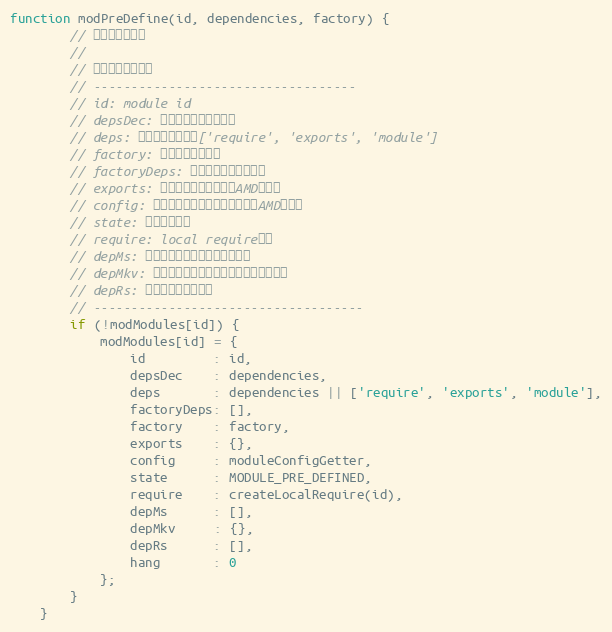
Language: JavaScript
function modPreDefine(id, dependencies, factory) {
        // 将模块存入容器
        //
        // 模块内部信息包括
        // -----------------------------------
        // id: module id
        // depsDec: 模块定义时声明的依赖
        // deps: 模块依赖，默认为['require', 'exports', 'module']
        // factory: 初始化函数或对象
        // factoryDeps: 初始化函数的参数依赖
        // exports: 模块的实际暴露对象（AMD定义）
        // config: 用于获取模块配置信息的函数（AMD定义）
        // state: 模块当前状态
        // require: local require函数
        // depMs: 实际依赖的模块集合，数组形式
        // depMkv: 实际依赖的模块集合，表形式，便于查找
        // depRs: 实际依赖的资源集合
        // ------------------------------------
        if (!modModules[id]) {
            modModules[id] = {
                id         : id,
                depsDec    : dependencies,
                deps       : dependencies || ['require', 'exports', 'module'],
                factoryDeps: [],
                factory    : factory,
                exports    : {},
                config     : moduleConfigGetter,
                state      : MODULE_PRE_DEFINED,
                require    : createLocalRequire(id),
                depMs      : [],
                depMkv     : {},
                depRs      : [],
                hang       : 0
            };
        }
    }